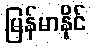
မြန်မာနိုင်